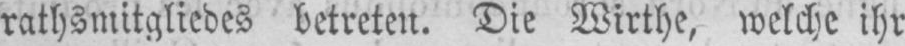
rathsmitgliedes betreten. Die Wirthe, welche ihr